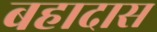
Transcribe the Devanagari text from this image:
बहादास